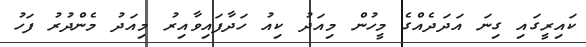
ކައިރީގައި ގިނަ އަދަދެއްގެ މީހުން މިއަދު ކިއު ހަދާފައިވާއިރު މިއަދު މެންދުރު ފަހު